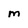
Character: M